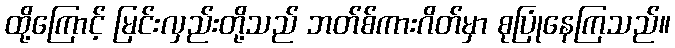
ထို့ကြောင့် မြင်းလှည်းတို့သည် ဘတ်စ်ကားဂိတ်မှာ စုပြုံနေကြသည်။